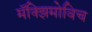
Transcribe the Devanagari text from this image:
मॅक्झिमोविच